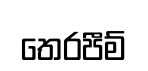
තෙරපීම්